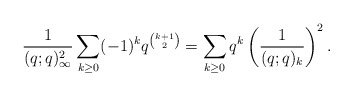
\begin{gather*}\frac{1}{(q;q)_{\infty}^2} \sum_{k \ge 0} (-1)^{k} q^{{k+1 \choose 2}} =\sum_{k \ge 0} q^{k} \left(\frac{1}{(q;q)_{k}} \right)^2.\end{gather*}